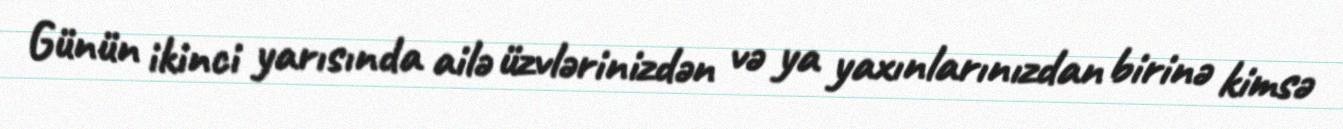
Günün ikinci yarısında ailə üzvlərinizdən və ya yaxınlarınızdan birinə kimsə